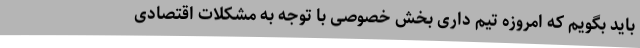
باید بگویم که امروزه تیم داری بخش خصوصی با توجه به مشکلات اقتصادی